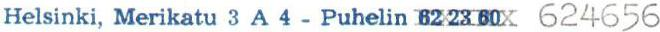
Helsinki, Merikatu 3 A 4 - Puhelin 62 23 60X 624656